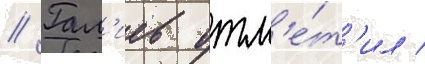
// Гал'иев отм'е́т'ил /